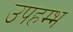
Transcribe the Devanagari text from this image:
उपहम्भ